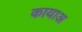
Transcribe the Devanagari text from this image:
कायाअ